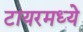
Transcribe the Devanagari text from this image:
टायरमध्ये